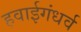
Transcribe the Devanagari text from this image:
हवाईगंधर्व